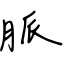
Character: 脈